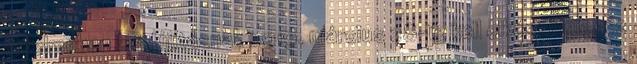
értelmében a felújításnak 2019. március 28-ig kell elkészülnie. Ez